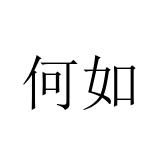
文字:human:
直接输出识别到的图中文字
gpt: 何如